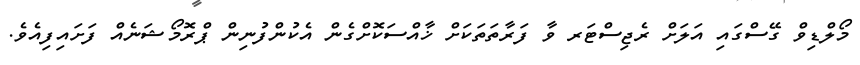
މޯލްޑިވް ގޭސްގައި އަލަށް ރެޖިސްޓަރ ވާ ފަރާތަތަކަށް ޚާއްސަކޮށްގެން އެކުންފުނިން ޕްރޮމޯޝަނެއް ފަށައިފިއެވެ.